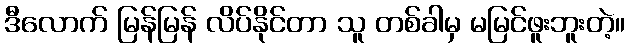
ဒီလောက် မြန်မြန် လိပ်နိုင်တာ သူ တစ်ခါမှ မမြင်ဖူးဘူးတဲ့။